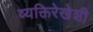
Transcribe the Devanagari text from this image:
व्यक्तिरेखेशी